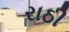
રાઠી